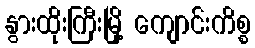
နွားထိုးကြီးမြို့ ကျောင်းကိစ္စ